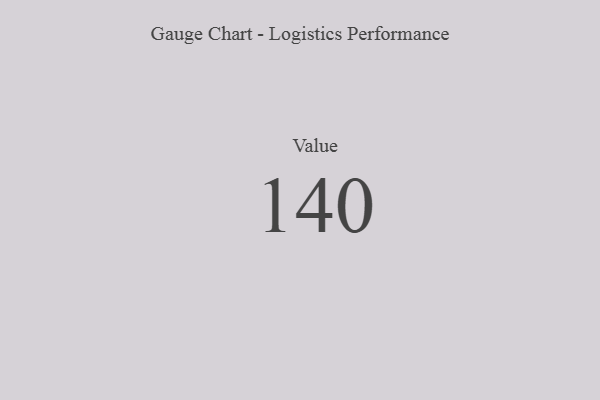
{"axis": {"x": "Metric", "y": "Value"}, "legend": [""], "data": [{"x": "Value", "y": 140, "type": ""}]}